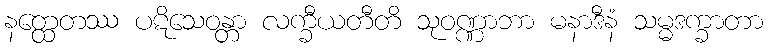
နတ္ထေတဿ ပဋိသေဝန္တာ လက္ခီယတီတိ သုဝဏ္ဏာဘာ မနာဒီနံ သမ္မဒက္ခာတာ